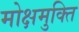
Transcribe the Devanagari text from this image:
मोक्षमुक्ति